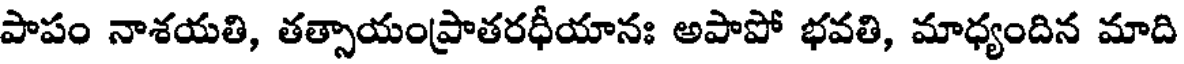
పాపం నాశయతి, తత్సాయంప్రాతరధీయానః అపాపో భవతి, మాధ్యందిన మాది